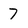
Character: 7